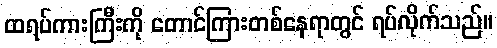
ထရပ်ကားကြီးကို တောင်ကြားတစ်နေရာတွင် ရပ်လိုက်သည်။